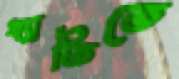
খ্যাতিতে